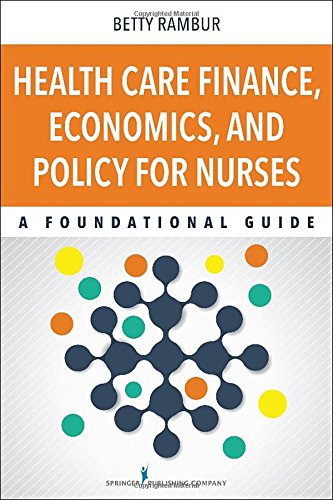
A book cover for Health Care Finance, Economics, and Policy for Nurses: A Foundational Guide; Betty Rambur PhD  RN; Medical Books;